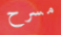
مسرح